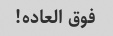
فوق العاده!